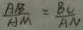
\frac { A B } { A M } = \frac { B C } { A N }